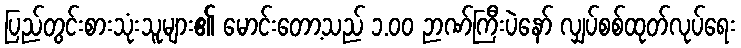
ပြည်တွင်းစားသုံးသူများ၏ မောင်းတော့သည် ၁.၀၀ ဉာဏ်ကြီးပဲနော် လျှပ်စစ်ထုတ်လုပ်ရေး